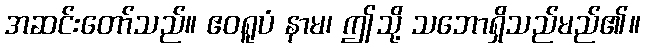
အဆင်းတော်သည်။ ဧဝရူပံ နာမ၊ ဤသို့ သဘောရှိသည်မည်၏။